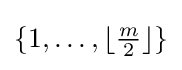
{\textstyle \{1,\dots ,\lfloor {\frac {m}{2}}\rfloor \}}